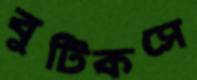
বুটিকসে